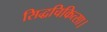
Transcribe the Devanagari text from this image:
सिद्धचिकित्सा।